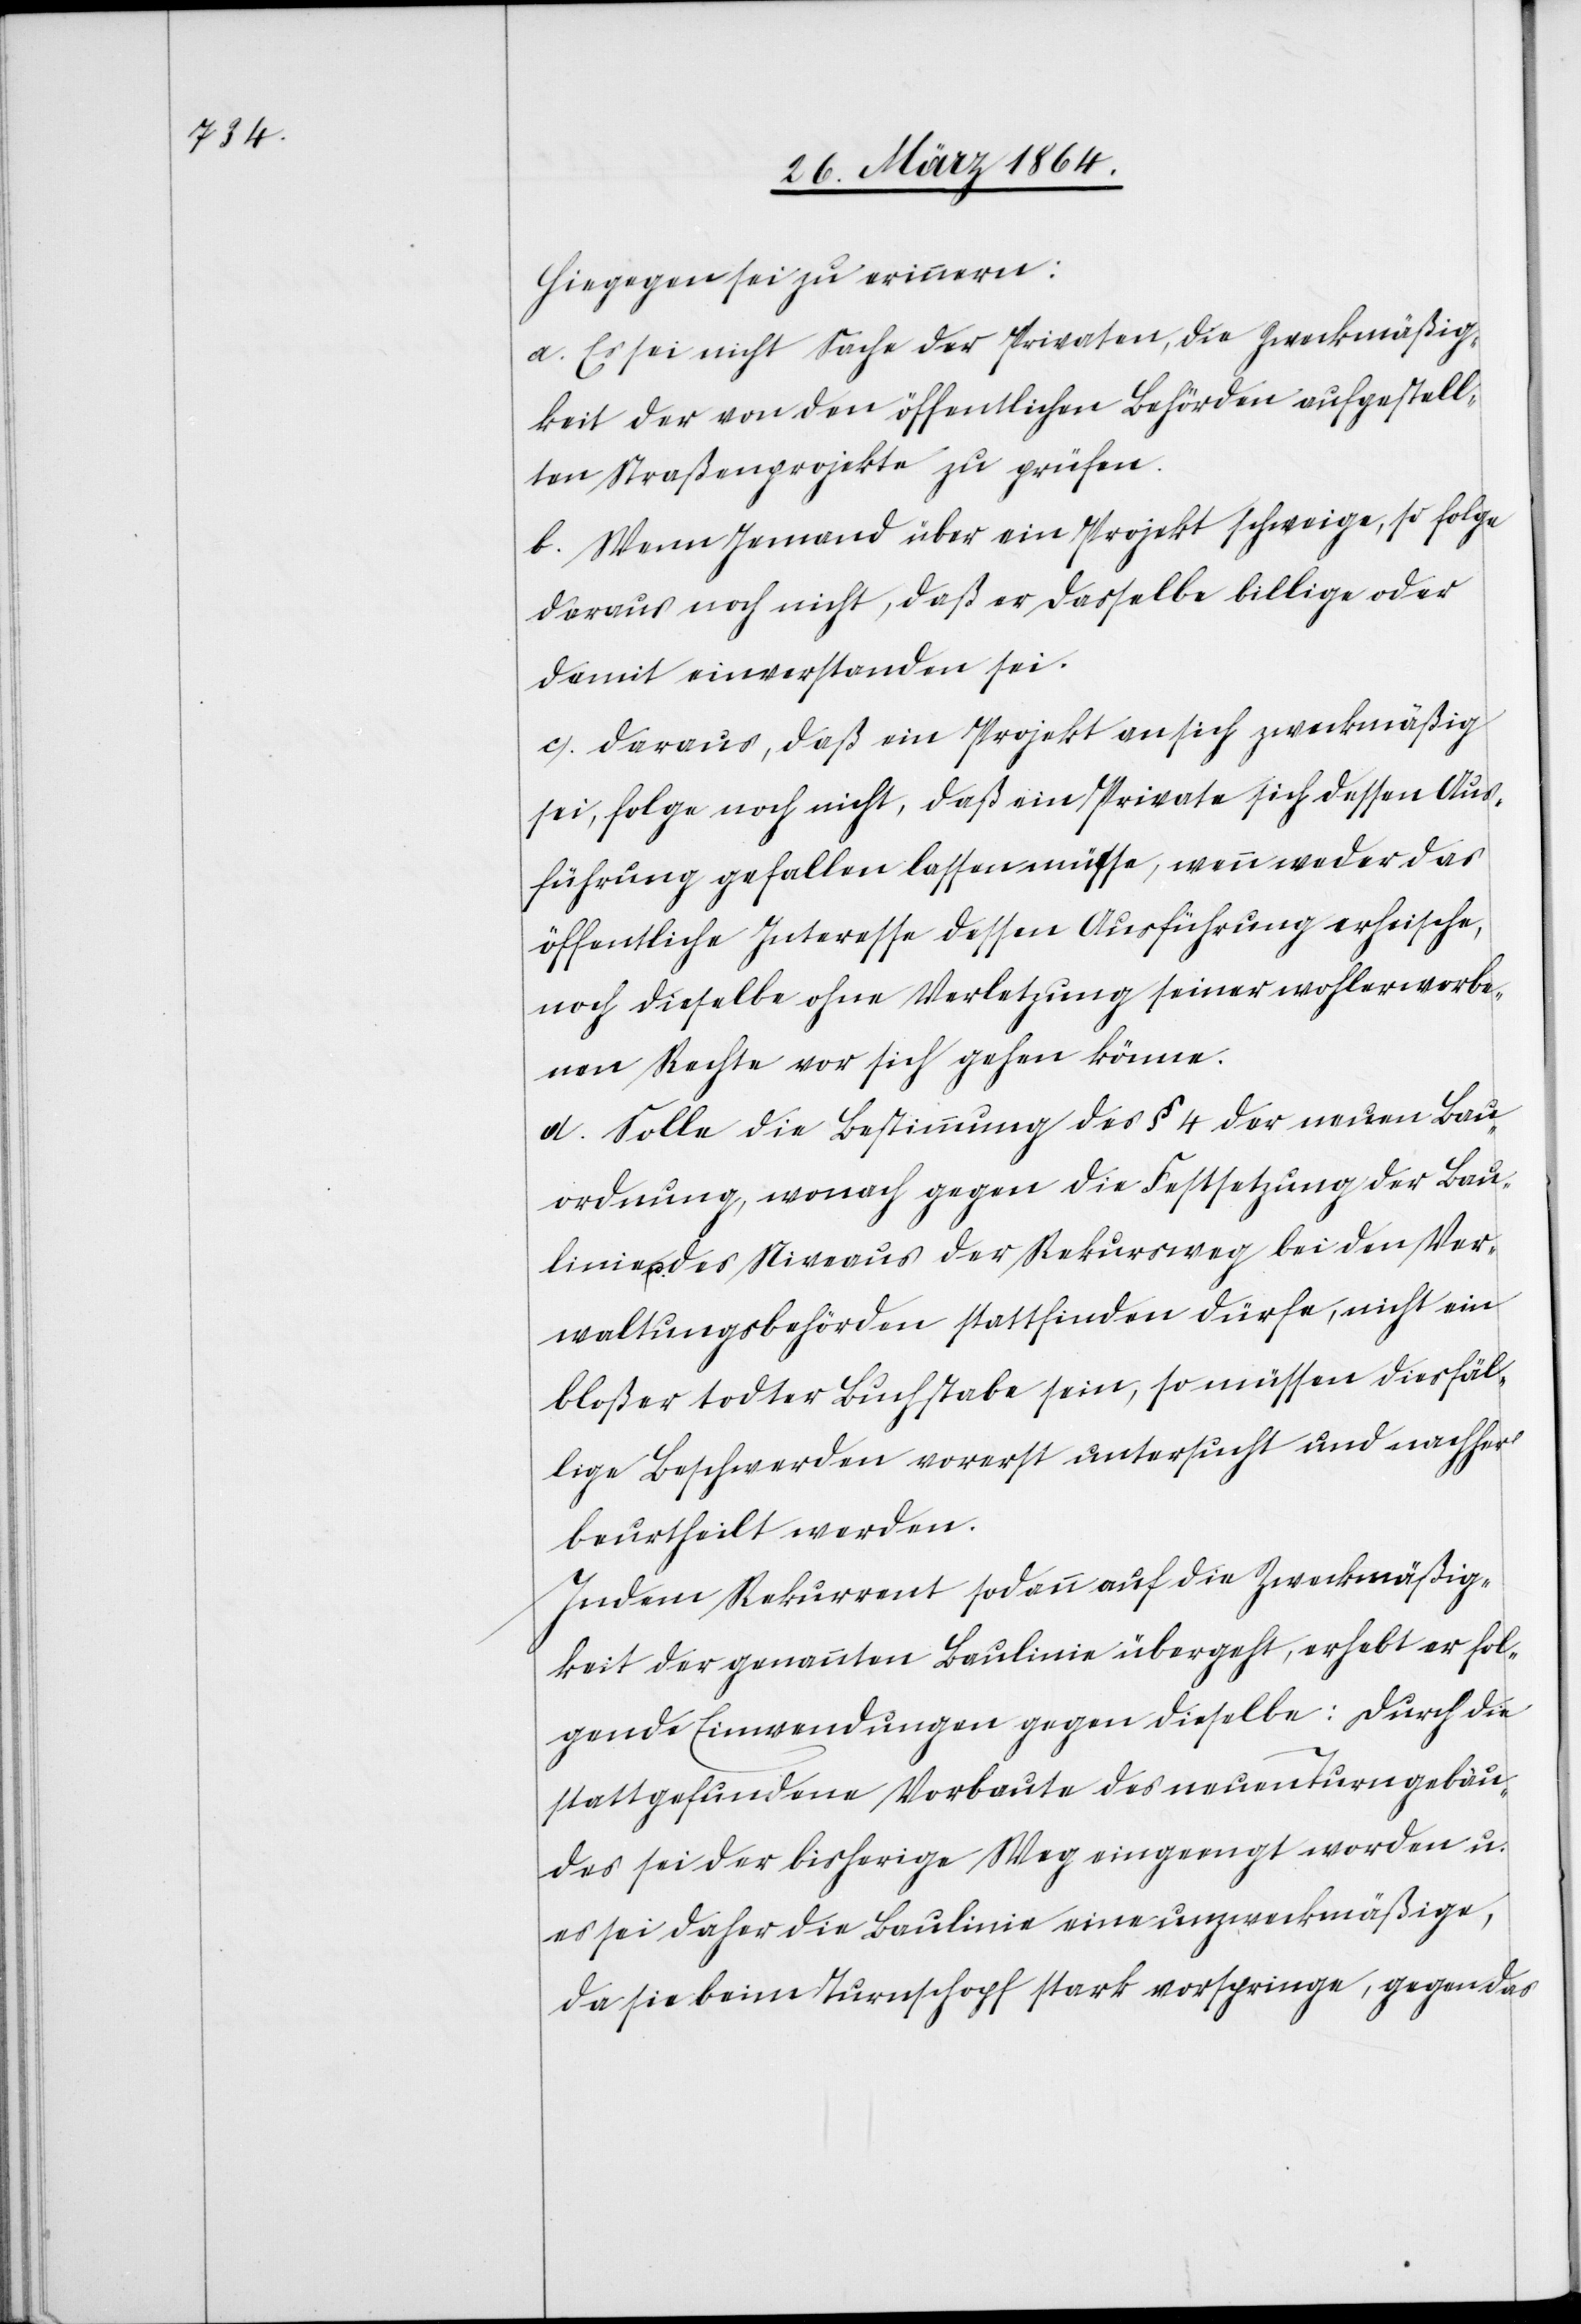
Hiegegen sei zu erinnern:
a.) Es sei nicht Sache der Privaten, die Zweckmäßig¬
keit der von den öffentlichen Behörden aufgestell¬
ten Straßenprojekte zu prüfen.
b.) Wenn Jemand über ein Projekt schweige, so folge
daraus noch nicht, daß er dasselbe billige oder
damit einverstanden sei.
c.) Daraus, daß ein Projekt an sich zweckmäßig
sei, folge noch nicht, daß ein Private [sic!] sich dessen Aus¬
führung gefallen lassen müsse, wenn weder das
öffentliche Interesse dessen Ausführung erheische,
noch dieselbe ohne Verletzung seiner wohlerworbe¬
nen Rechte vor sich gehen könne.
d.) Solle die Bestimmung des § 4 der neuen Bau¬
ordnung, wonach gegen die Festsetzung der Bau¬
linie u. des Niveaus der Rekursweg bei den Ver¬
waltungsbehörden stattfinden dürfe, nicht ein
bloßer todter Buchstabe sein, so müssen diesfäl¬
lige Beschwerden vorerst untersucht und nachher
beurtheilt werden.
Indem Rekurrent sodann auf die Zweckmäßig¬
keit der genannten Baulinie übergeht, erhebt er fol¬
gende Einwendungen gegen dieselbe: Durch die
stattgefundene Vorbaute des neuen Turngebäu¬
des sei der bisherige Weg eingeengt worden u.
es sei daher die Baulinie eine unzweckmäßige,
da sie beim Turnschopf stark vorspringe, gegen das